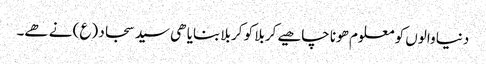
دنیا والوں کو معلوم ھونا چاھیے کربلا کو کربلا بنایا ھی سید سجاد (ع) نے ھے۔